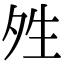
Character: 夝